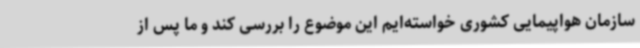
سازمان هواپیمایی کشوری خواسته‌ایم این موضوع را بررسی کند و ما پس از